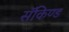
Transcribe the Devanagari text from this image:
सॅकिण्ड